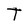
Character: T